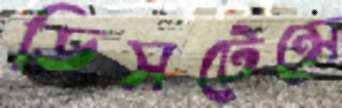
ডিসটেন্সে